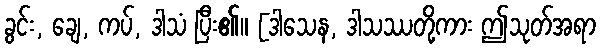
ခွင်း, ချေ, ကပ်, ဒါသံ ပြီး၏။ [ဒါသေန, ဒါသဿတို့ကား ဤသုတ်အရာ